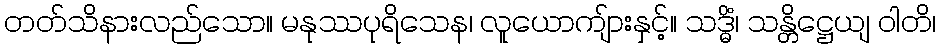
တတ်သိနားလည်သော။ မနုဿပုရိသေန၊ လူယောကျ်ားနှင့်။ သဒ္ဓိံ၊ သန္တိဋ္ဌေယျ ဝါတိ၊